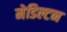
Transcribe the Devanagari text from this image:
मेडिल्टन